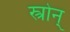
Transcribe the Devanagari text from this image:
स्त्रोन्